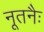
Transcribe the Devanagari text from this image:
नूतनैः